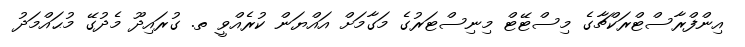
އިންފްރާސްޓްރަކްޗާގެ މިސްޓޭޓް މިނިސްޓަރުގެ މަގާމަށް އައްޔަން ކުރެއްވީ ތ. ގުރައިދޫ މެދުގޭ މުޙައްމަދު